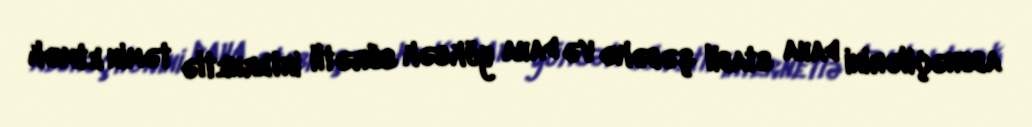
abunəçilərini daha stabil şəbəkə və daha yüksək sürətli internetlə təmin etmək